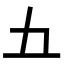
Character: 𫝀